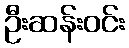
ဦးဆန်းဝင်း